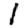
Digit: 1